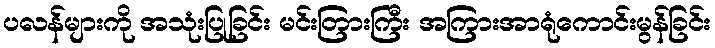
ပလန်များကို အသုံးပြုခြင်း မင်းတြားကြီး အကြားအာရုံကောင်းမွန်ခြင်း